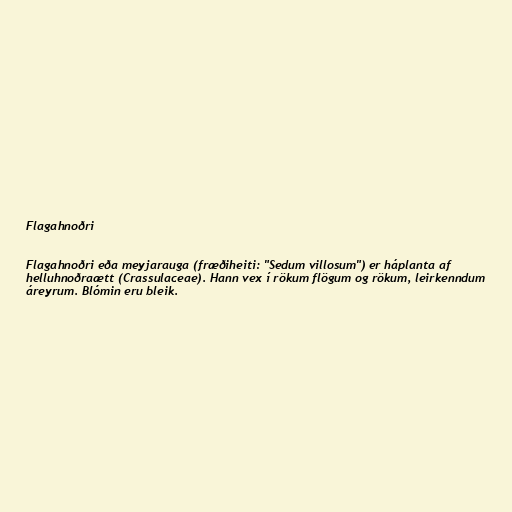
Flagahnoðri

Flagahnoðri eða meyjarauga (fræðiheiti: "Sedum villosum") er háplanta af
helluhnoðraætt (Crassulaceae). Hann vex í rökum flögum og rökum, leirkenndum
áreyrum. Blómin eru bleik.